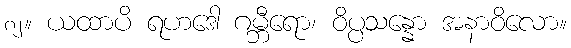
၈၂။ ယထာပိ ရဟဒေါ ဂမ္ဘီရော၊ ဝိပ္ပသန္နော အနာဝိလော။